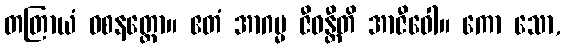
တတြာယံ ဝစနတ္ထော။ ဧတံ အာဂမ္မ ဇီဝန္တီတိ အာဇီဝေါ။ ကော သော,